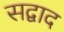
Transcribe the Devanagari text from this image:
सद्वाद